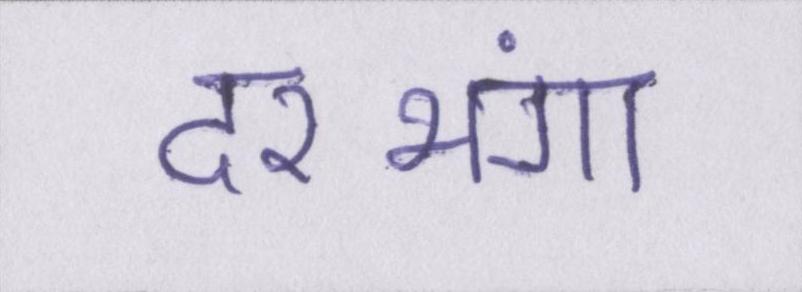
दरभंगा